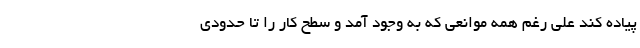
پیاده کند علی رغم همه موانعی که به وجود آمد و سطح کار را تا حدودی